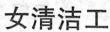
女清洁工